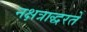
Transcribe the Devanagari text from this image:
नक्षत्राद्धरते